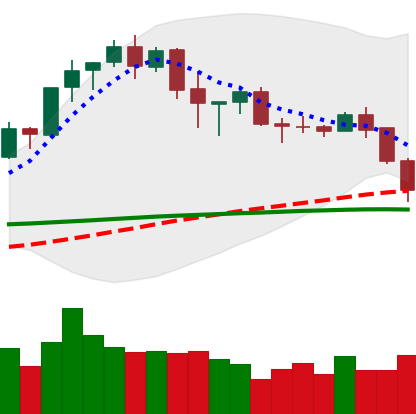
Ticker: BNB-USD
Chart end date: 2020-02-26
Forward return: 5.399%
Label: up_5_7